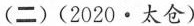
(二)(2020·太仓)